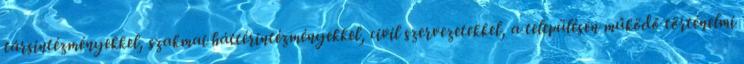
társintézményekkel, szakmai háttérintézményekkel, civil szervezetekkel, a településen működő történelmi